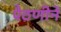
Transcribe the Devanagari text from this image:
पैठणीने